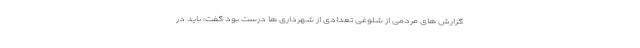
گزارش های مردمی از شلوغی تعدادی از شهرداری ها درست بود گفت: باید در